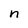
Character: n